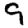
Digit: 9